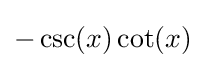
-\csc(x)\cot(x)